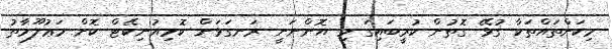
މިކަންތައްތަކާ ގުޅޭ ގޮތުން ކުރީބައިގަ މި އޮންނަނީ ރަނގަޅަށް ކޮމިއުނިކޭޓް ކޮށް މަޢުލޫމާތު